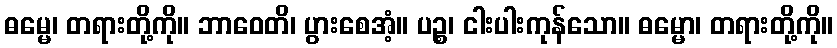
ဓမ္မေ၊ တရားတို့ကို။ ဘာဝေတိ၊ ပွားစေအံ့။ ပဉ္စ၊ ငါးပါးကုန်သော။ ဓမ္မော၊ တရားတို့ကို။